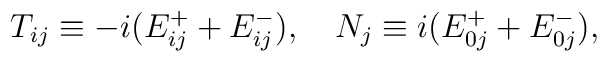
T_{ij}\equiv-i(E^+_{ij}+E^-_{ij}),\quad N_j\equiv i(E^+_{0j}+E^-_{0j}),